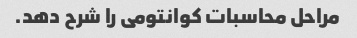
مراحل محاسبات کوانتومی را شرح دهد.